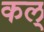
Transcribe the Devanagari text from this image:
कल्‌